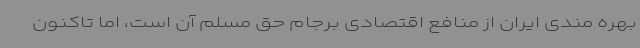
بهره مندی ایران از منافع اقتصادی برجام حق مسلم آن است، اما تاکنون